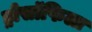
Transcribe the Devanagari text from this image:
ड्रोसॉफिला